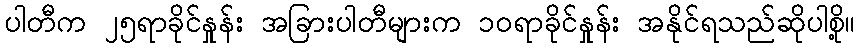
ပါတီက ၂၅ရာခိုင်နှုန်း အခြားပါတီများက ၁၀ရာခိုင်နှုန်း အနိုင်ရသည်ဆိုပါစို့။